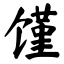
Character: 馑